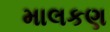
માલકણ